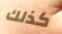
كذلك